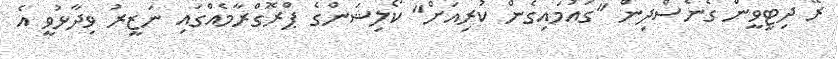
ރޭ ދިޓީވީން ގެނެސްދިން "ގައުމައިގެން ކުރިއަށް" ކޯލިޝަންގެ ޕްރޮގްރާމެއްގައި ނަޒީރު ވިދާޅުވީ އެ